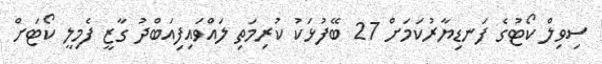
ސިވިލް ކޯޓުގެ ފަނޑިޔާރުކަމަށް 27 ބޭފުޅަކު ކުރިމަތި ލައްވައިފިއަބްދު ގާޒީ ފެމިލީ ކޯޓަށް